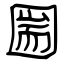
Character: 圌